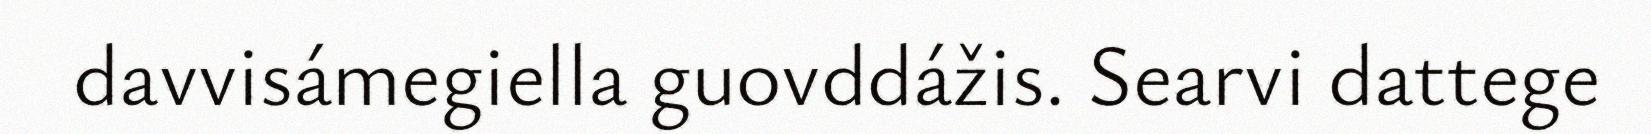
davvisámegiella guovddážis. Searvi dattege